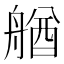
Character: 𦩲